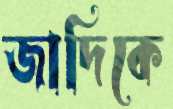
জাদিকে